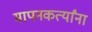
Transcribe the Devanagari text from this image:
मापनकर्त्यांना